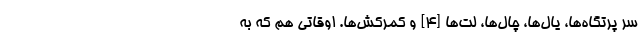
سر پرتگاه‌ها، یال‌ها، چال‌ها، لت‌ها [۴] و کمرکش‌ها. اوقاتی هم که به